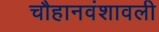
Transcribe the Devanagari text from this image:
चौहानवंशावली